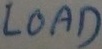
Text: LOAD